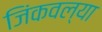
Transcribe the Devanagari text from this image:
जिंकवल्या